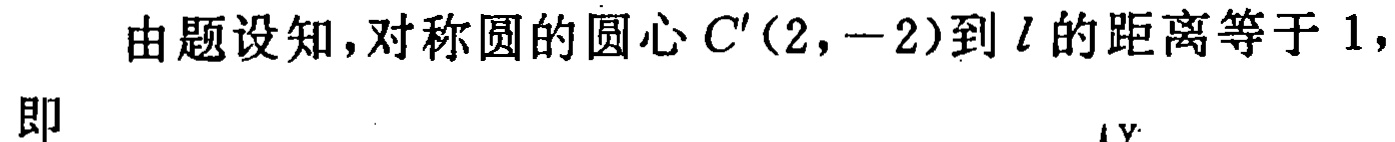
由题设知，对称圆的圆心 \(C'(2,-2)\)到 \(l\) 的距离等于 \(1\)，

即